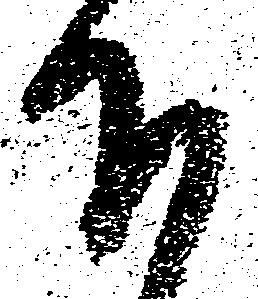
下